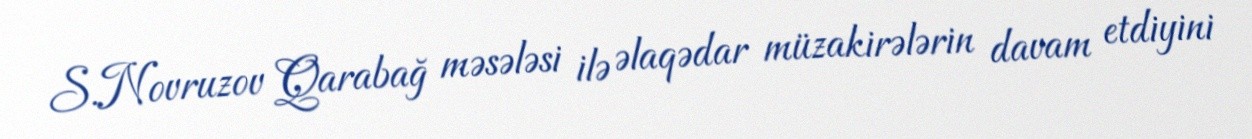
S.Novruzov Qarabağ məsələsi ilə əlaqədar müzakirələrin davam etdiyini